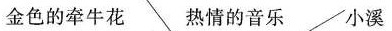
金色的牵牛花 热情的音乐 小溪